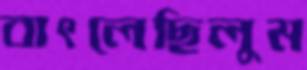
বাৎলেছিলুম